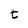
Character: t